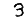
Digit: 3